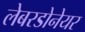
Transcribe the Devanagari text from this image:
लेबरडोनेयर